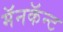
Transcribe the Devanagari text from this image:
मॅनकॅन्ट